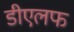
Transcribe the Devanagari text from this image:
डीएलफ